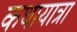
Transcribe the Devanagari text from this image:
कथायात्रा